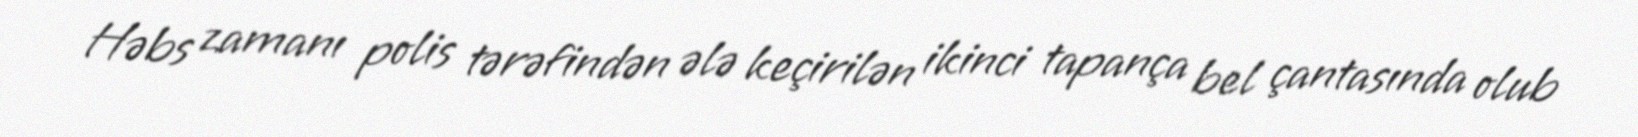
Həbs zamanı polis tərəfindən ələ keçirilən ikinci tapança bel çantasında olub